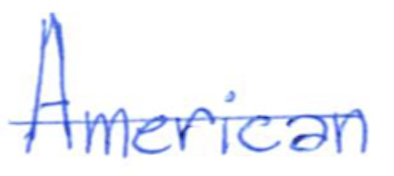
Text: American
Cross-out: single-line
Writing tool: ballpoint